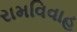
રામવિવાહ